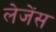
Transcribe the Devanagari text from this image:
लेजेंस